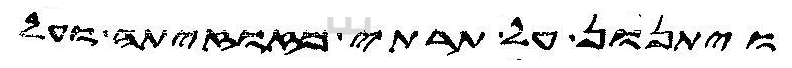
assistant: ויתנון על תרתי מזזוזיתה ועל